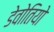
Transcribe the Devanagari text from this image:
डेवोतियो